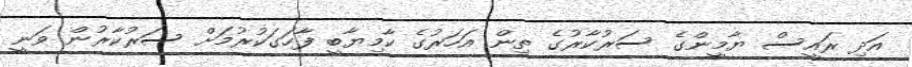
އަދި ރައީސް ޔާމީންގެ ސަރުކާރުގެ ތިން އަހަރުގެ ކާމިޔާބީ ފާހަގަކުރުމަށް ސަރުކާރުން ވަނީ